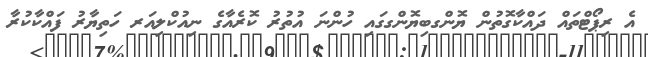
އެ ރިޕޯޓްތައް ދައްކާގޮތުން ޔޮންގބިޔޮންގގައި ހުންނަ އުތުރު ކޮރެއާގެ ނިއުކްލިއަރ ހަތިޔާރު ފައްކާކުރާ